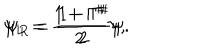
LaTeX: \psi _ { L } = \frac { 1 + \Gamma ^ { \sharp } } { 2 } \psi , \hspace { 1 0 m m } \psi _ { R } = \frac { 1 - \Gamma ^ { \sharp } } { 2 } \psi .